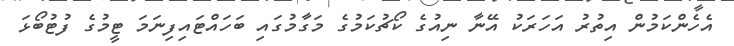
އެހެންކަމުން އިތުރު އަހަރަކު އޭނާ ނިއުގެ ކޯޗުކަމުގެ މަގާމުގައި ބަހައްޓައިފިނަމަ ޓީމުގެ ފުޓުބޯޅަ